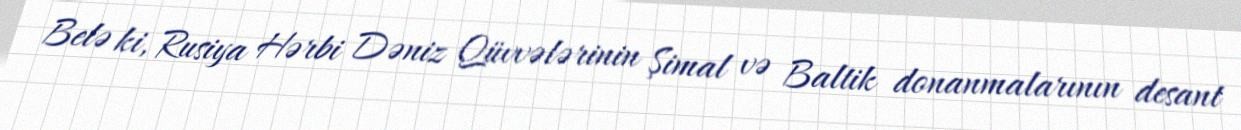
Belə ki, Rusiya Hərbi Dəniz Qüvvələrinin Şimal və Baltik donanmalarının desant